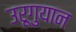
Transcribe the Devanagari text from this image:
उरूगुयान